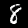
Label: 8